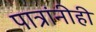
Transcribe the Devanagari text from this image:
पात्रांनीही